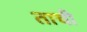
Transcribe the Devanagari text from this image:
ताची